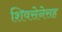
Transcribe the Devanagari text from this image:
शिवसेनेसह